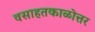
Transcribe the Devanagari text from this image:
वसाहतकाळोत्तर